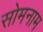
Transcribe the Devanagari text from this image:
सोमनाम